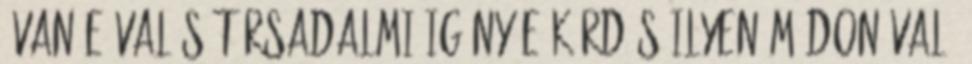
"Van-e valós társadalmi igény e kérdés ilyen módon való